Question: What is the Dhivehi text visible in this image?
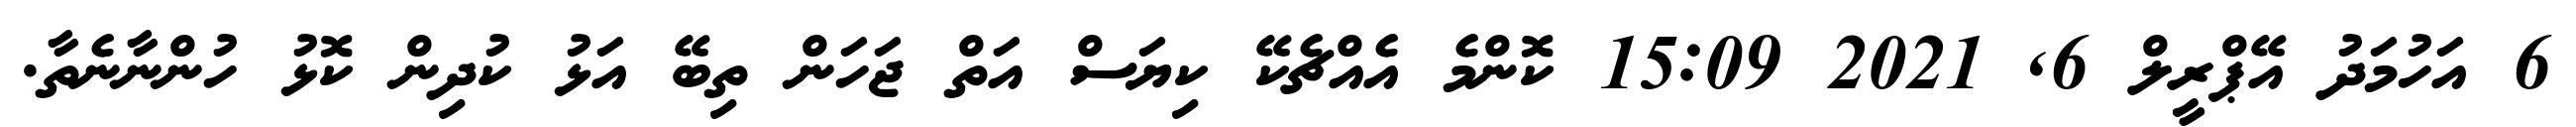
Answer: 6 އަހުމަދު އޭޕްރީލް 6, 2021 15:09 ކޮންމެ އެއްޗެކޭ ކިޔަސް އަތް ޖަހަން ތިބޭ އަޅު ކުދިން ކޮޅު ހުންނާނެތާ.